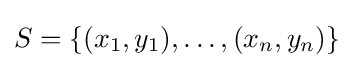
\textstyle S=\{(x_{1},y_{1}),\dots ,(x_{n},y_{n})\}